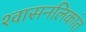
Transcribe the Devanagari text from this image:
श्‍वासनलिकांत